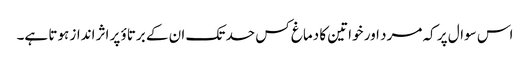
اس سوال پر کہ مرد اور خواتین کا دماغ کس حد تک ان کے برتاؤ پر اثر انداز ہوتا ہے۔